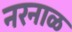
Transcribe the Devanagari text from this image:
नरनाळ